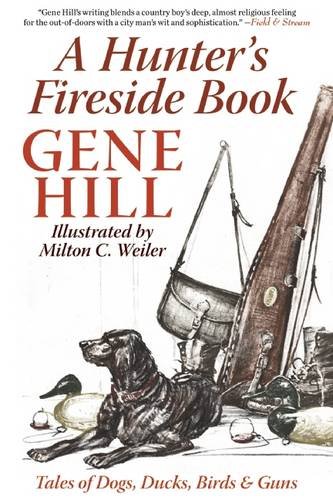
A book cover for A Hunter's Fireside Book: Tales of Dogs, Ducks, Birds & Guns; Gene Hill; Sports & Outdoors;